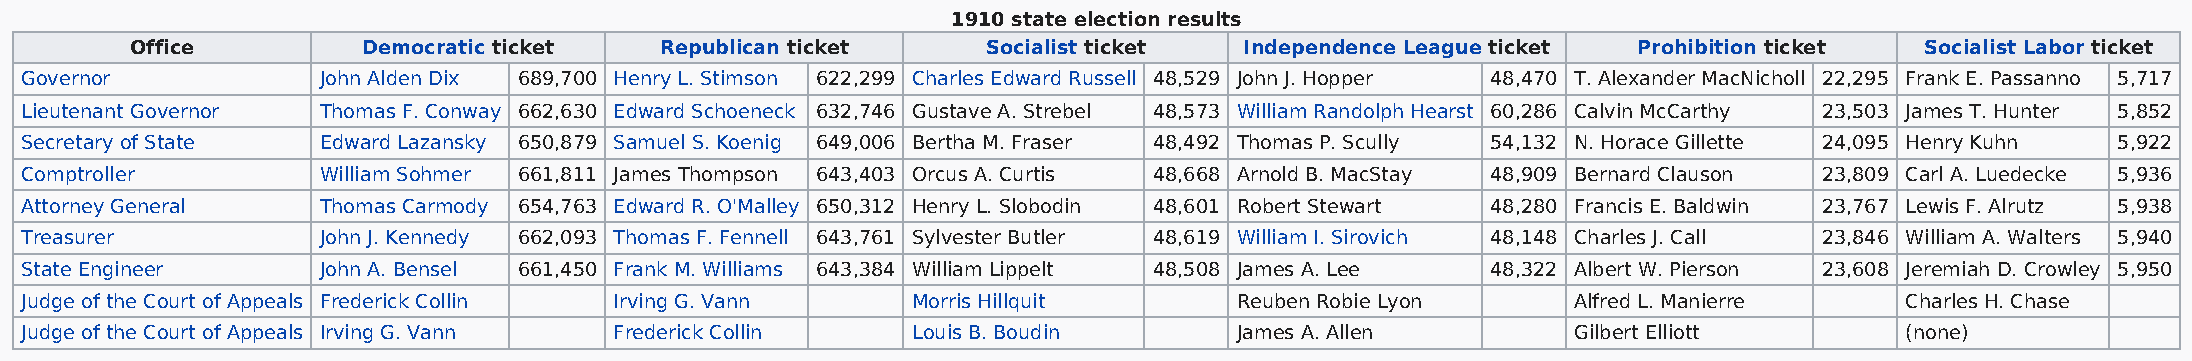
1910 state election results
 Office         Democratic ticket   Republican ticket    Socialist ticket Independence League ticket Prohibition ticket Socialist Labor ticket
 Governor            John Alden Dix 689,700 Henry L. Stimson 622,299 Charles Edward Russell 48,529 John J. Hopper 48,470 T. Alexander MacNicholl 22,295 Frank E. Passanno 5,717
 Lieutenant Governor Thomas F. Conway 662,630 Edward Schoeneck 632,746 Gustave A. Strebel 48,573 William Randolph Hearst 60,286 Calvin McCarthy 23,503 James T. Hunter 5,852
 Secretary of State  Edward Lazansky 650,879 Samuel S. Koenig 649,006 Bertha M. Fraser 48,492 Thomas P. Scully 54,132 N. Horace Gillette 24,095 Henry Kuhn 5,922
 Comptroller         William Sohmer 661,811 James Thompson 643,403 Orcus A. Curtis 48,668 Arnold B. MacStay 48,909 Bernard Clauson 23,809 Carl A. Luedecke 5,936
 Attorney General    Thomas Carmody 654,763 Edward R. O'Malley 650,312 Henry L. Slobodin 48,601 Robert Stewart 48,280 Francis E. Baldwin 23,767 Lewis F. Alrutz 5,938
 Treasurer           John J. Kennedy 662,093 Thomas F. Fennell 643,761 Sylvester Butler 48,619 William I. Sirovich 48,148 Charles J. Call 23,846 William A. Walters 5,940
 State Engineer      John A. Bensel 661,450 Frank M. Williams 643,384 William Lippelt 48,508 James A. Lee 48,322 Albert W. Pierson 23,608 Jeremiah D. Crowley 5,950
 Judge of the Court of Appeals Frederick Collin Irving G. Vann Morris Hillquit    Reuben Robie Lyon     Alfred L. Manierre    Charles H. Chase
 Judge of the Court of Appeals Irving G. Vann Frederick Collin Louis B. Boudin    James A. Allen        Gilbert Elliott       (none)